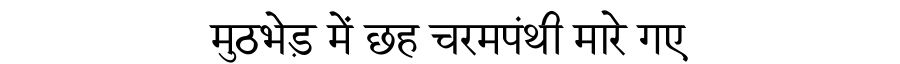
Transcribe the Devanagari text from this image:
मुठभेड़ में छह चरमपंथी मारे गए